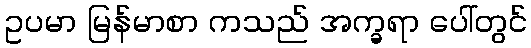
ဥပမာ မြန်မာစာ ကသည် အက္ခရာ ပေါ်တွင်